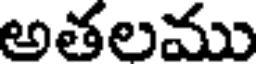
అతలము